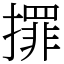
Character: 𢶀